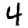
Digit: 4